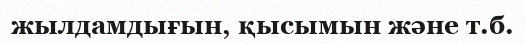
жылдамдығын, қысымын және т.б.